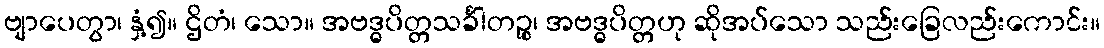
ဗျာပေတွာ၊ နှံ့၍။ ဌိတံ၊ သော။ အဗဒ္ဓပိတ္တသင်္ခါတဉ္စ၊ အဗဒ္ဓပိတ္တဟု ဆိုအပ်သော သည်းခြေလည်းကောင်း။